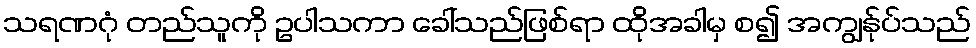
သရဏဂုံ တည်သူကို ဥပါသကာ ခေါ်သည်ဖြစ်ရာ ထိုအခါမှ စ၍ အကျွန်ုပ်သည်